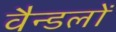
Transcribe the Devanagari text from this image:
वैन्डलों